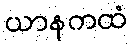
ယာနကထံ